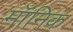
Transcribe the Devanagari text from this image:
मॉनिक